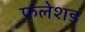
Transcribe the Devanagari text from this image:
फलेशड